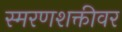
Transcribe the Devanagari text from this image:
स्मरणशक्तीवर